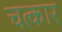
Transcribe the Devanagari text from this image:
चत्कार